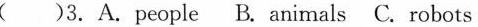
()3.A.People B. Animals C. Robots